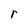
Character: r